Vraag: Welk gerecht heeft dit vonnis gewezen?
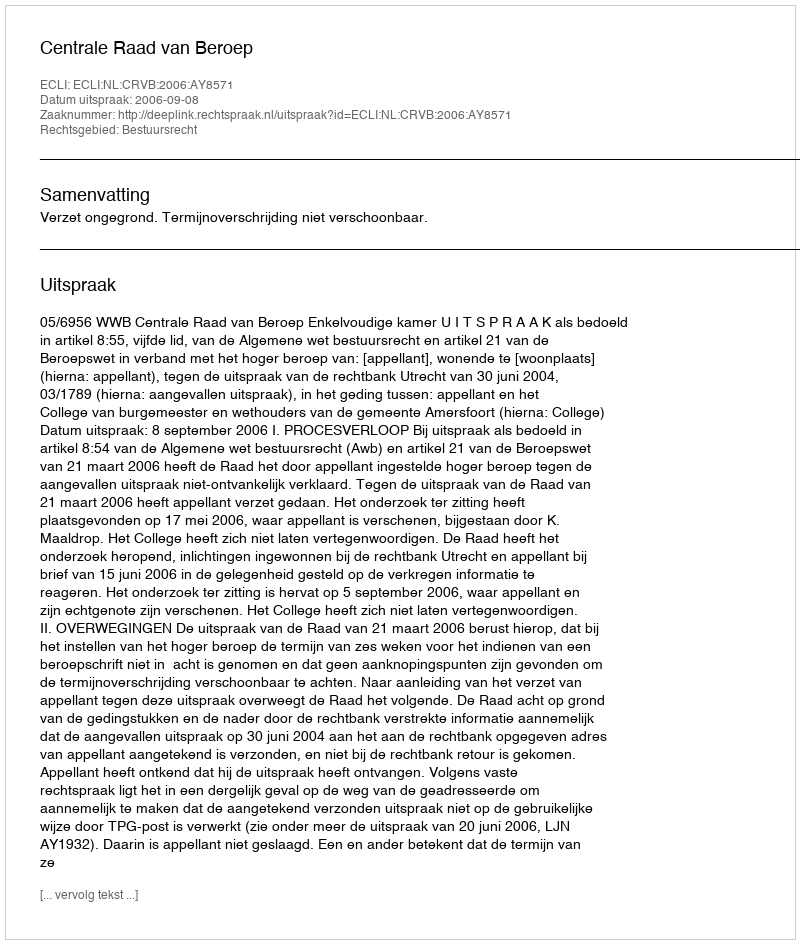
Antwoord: Centrale Raad van Beroep